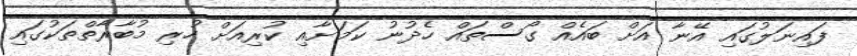
ފައިނަލުގައި އޭނާ އަށް ބައެއް ގޯސްތައް ހެދުނު ކަމަށާއި ކުރިއަށް ހުރި މުބާރާތްތަކުގައި